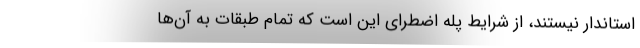
استاندار نیستند، از شرایط پله اضطرای این است که تمام طبقات به آن‌ها